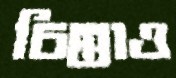
চিন্তাও